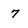
Character: 7